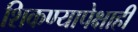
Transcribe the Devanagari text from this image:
शिकण्यापेक्षाही